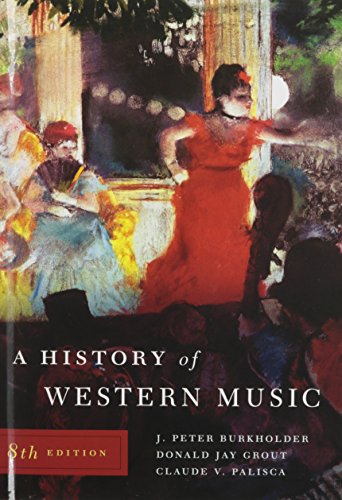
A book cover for A History of Western Music (Eighth Edition); J. Peter Burkholder; Arts & Photography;